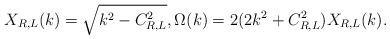
LaTeX: \begin{align*}X_{R,L}(k)=\sqrt{k^2-C_{R,L}^2}, \Omega(k)=2(2k^2+C_{R,L}^2)X_{R,L}(k).\end{align*}